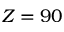
Z = 9 0